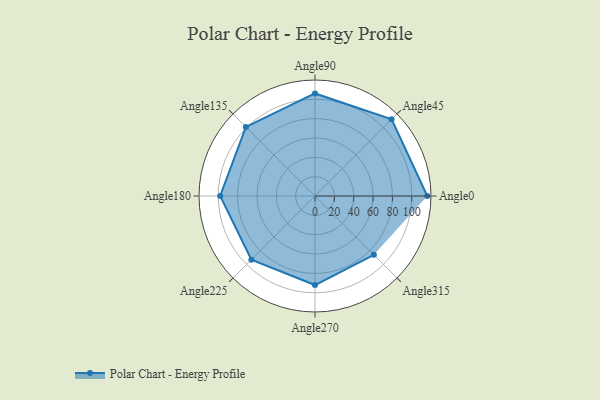
{"axis": {"x": "Angle", "y": "Radius"}, "legend": [""], "data": [{"x": "Angle0", "y": 116.0, "type": ""}, {"x": "Angle45", "y": 112.0, "type": ""}, {"x": "Angle90", "y": 106.0, "type": ""}, {"x": "Angle135", "y": 101.0, "type": ""}, {"x": "Angle180", "y": 98.0, "type": ""}, {"x": "Angle225", "y": 93.0, "type": ""}, {"x": "Angle270", "y": 92.0, "type": ""}, {"x": "Angle315", "y": 86.0, "type": ""}]}